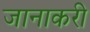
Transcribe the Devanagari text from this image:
जानाकरी